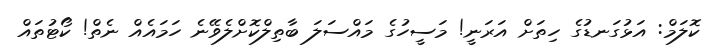
ކޮލަމް: އަޅުގަނޑުގެ ހިތަށް އަރަނީ! މަސީހުގެ މައްސަލަ ބާތިލްކޮށްލެވޭނެ ހަމައެއް ނެތް! ކޯޓުތައް